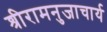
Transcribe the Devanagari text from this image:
श्रीरामनुजाचार्य